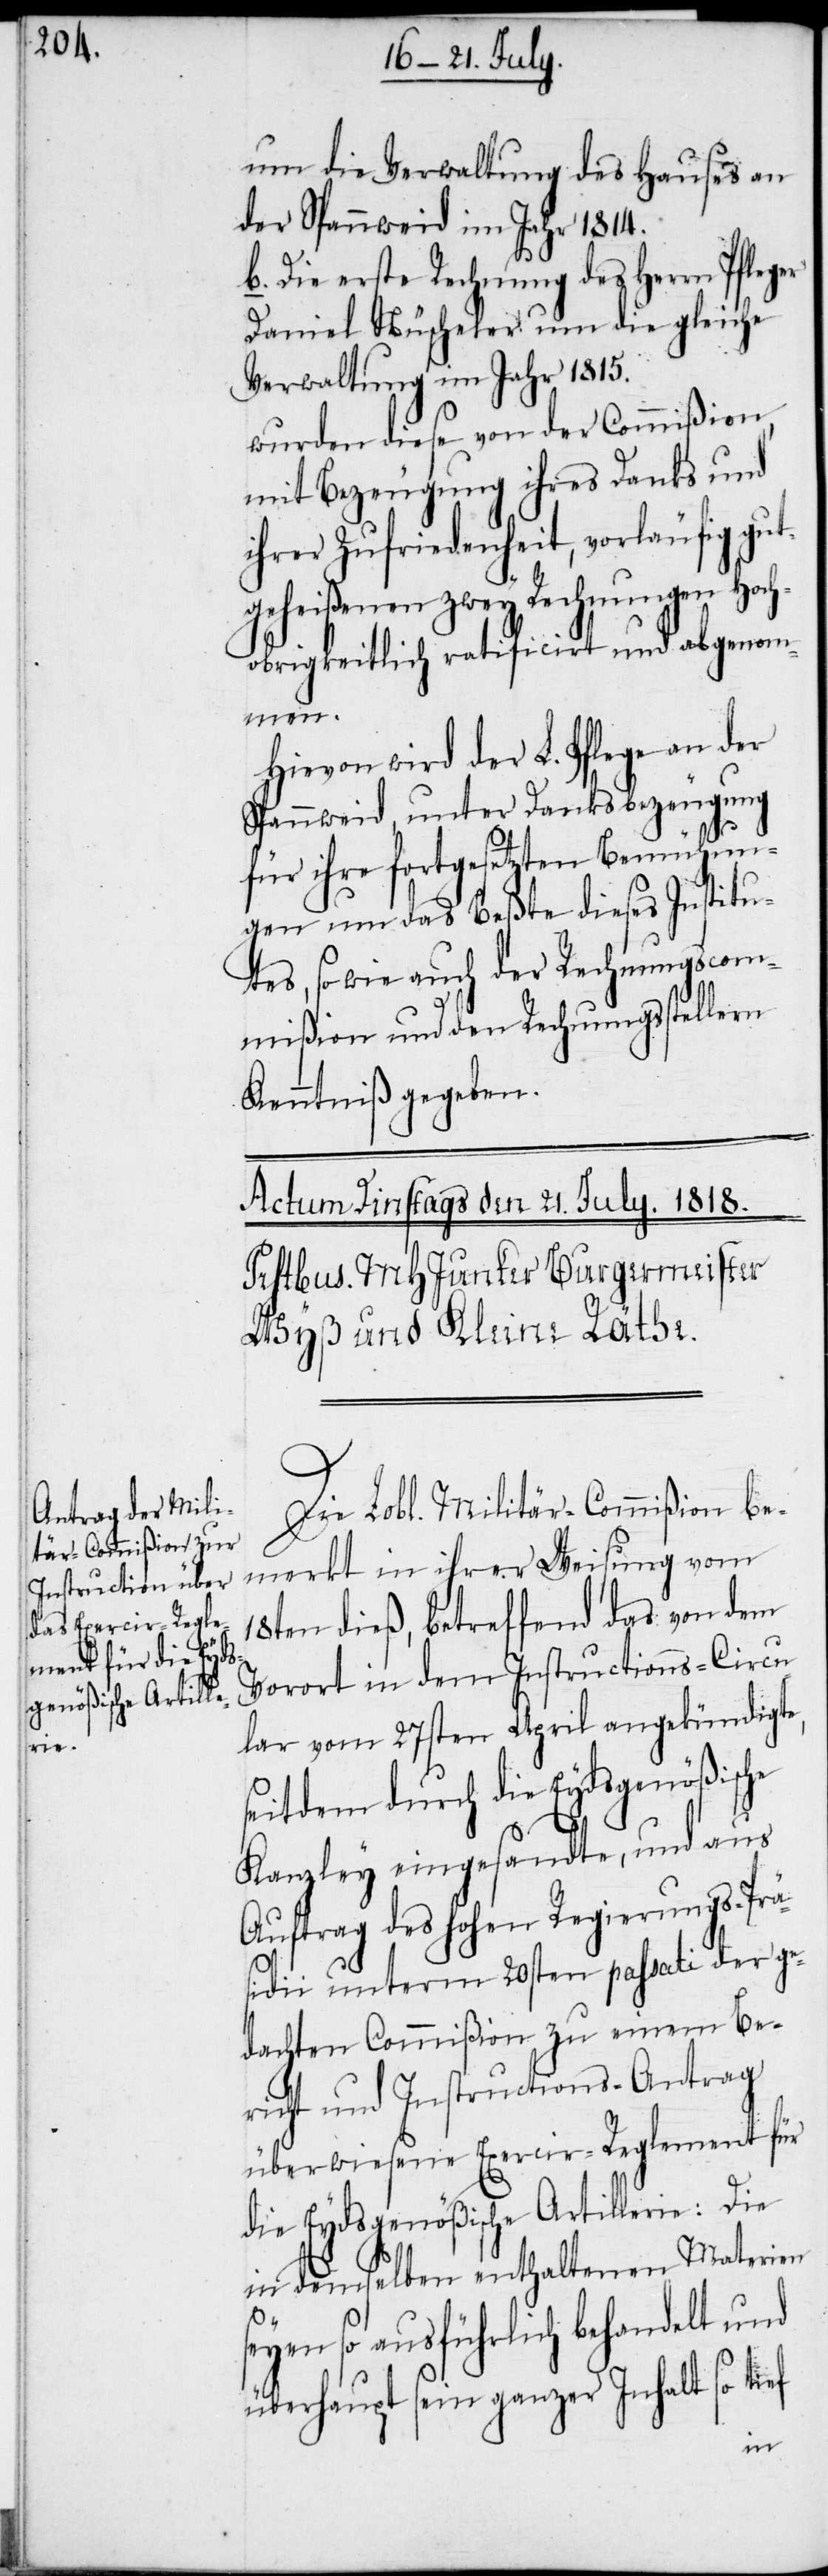
um die Verwaltung des Hauses an
der Spannweid im Jahr 1814.
b. Die erste Rechnung des Herrn Pfleger
Daniel Nüscheler um die gleiche
Verwaltung im Jahr 1815.
wurden diese von der Commißion,
mit Bezeugung ihres Danks und
ihrer Zufriedenheit, vorläufig gut¬
geheißenen zwey Rechnungen Hoch¬
obrigkeitlich ratificirt und abgenom¬
men.
Hievon wird der L. Pflege an der
Spannweid, unter Danksbezeugung
für ihre fortgesetzten Bemühun¬
gen um das Beßte dieses Institu¬
tes, so wie auch der Rechnungscom¬
mißion und den Rechnungsstellern
Kenntniß gegeben.
Die Lobl. Militär-Commißion be¬
merkt in ihrer Weisung vom
18ten dieß, betreffend das von dem
Vorort in dem Instructions-Circu¬
lar vom 27sten April angekündigte,
seitdem durch die Eydsgenößische
Kanzley eingesandte, und aus
Auftrag des hohen Regierungs-Prä¬
sidii unterm 20sten passati der ge¬
dachten Commißion zu einem Be¬
richt und Instructions-Antrag
überwiesene Exercir-Reglement für
die Eydsgenößische Artillerie: Die
in demselben enthaltenen Materien
seyen so ausführlich behandelt und
überhaupt sein ganzer Inhalt so ti¬
ef